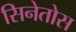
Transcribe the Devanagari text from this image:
सिनेतोस